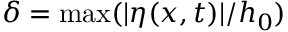
\delta = \mathrm { m a x } ( | \eta ( x , t ) | / h _ { 0 } )